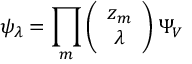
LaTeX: \psi _ { \lambda } = \prod _ { m } \left( \begin{array} { c } { { z _ { m } } } \\ { { \lambda } } \end{array} \right) \Psi _ { V }